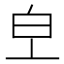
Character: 𤼿